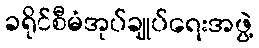
ခရိုင်စီမံအုပ်ချုပ်ရေးအဖွဲ့